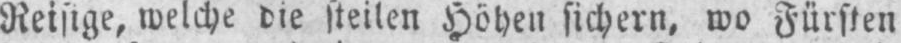
Reisige, welche die steilen Höhen sichern, wo Fürsten